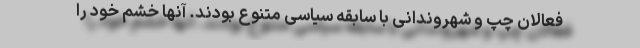
فعالان چپ و شهروندانی با سابقه سیاسی متنوع بودند. آنها خشم خود را